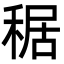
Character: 䅕